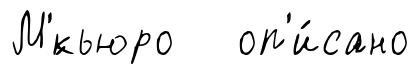
М'́кьюро оп'и́сано